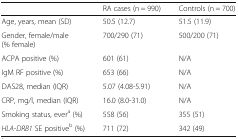
<table><thead><tr><td></td><td><b>RA cases (n = 990)</b></td><td><b>Controls (n = 700)</b></td></tr></thead><tbody><tr><td>Age, years, mean (SD)</td><td>50.5 (12.7)</td><td>51.5 (11.9)</td></tr><tr><td>Gender, female/male (% female)</td><td>700/290 (71)</td><td>500/200 (71)</td></tr><tr><td>ACPA positive (%)</td><td>601 (61)</td><td>N/A</td></tr><tr><td>IgM RF positive (%)</td><td>653 (66)</td><td>N/A</td></tr><tr><td>DAS28, median (IQR)</td><td>5.07 (4.08-5.91)</td><td>N/A</td></tr><tr><td>CRP, mg/l, median (IQR)</td><td>16.0 (8.0-31.0)</td><td>N/A</td></tr><tr><td>Smoking status, ever<sup>a</sup> (%)</td><td>558 (56)</td><td>355 (51)</td></tr><tr><td><i>HLA-DRB1</i> SE positive<sup>b</sup> (%)</td><td>711 (72)</td><td>342 (49)</td></tr></tbody></table>